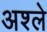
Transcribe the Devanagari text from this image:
अश्ले